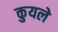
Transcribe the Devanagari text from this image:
कुयले